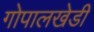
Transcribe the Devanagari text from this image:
गोपालखेडी